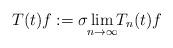
LaTeX: \begin{align*}T(t) f := \sigma\lim_{\mathclap{n\to\infty}} T_n(t) f\end{align*}